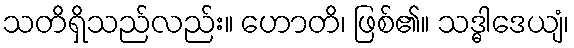
သတိရှိသည်လည်း။ ဟောတိ၊ ဖြစ်၏။ သဒ္ဓါဒေယျံ၊